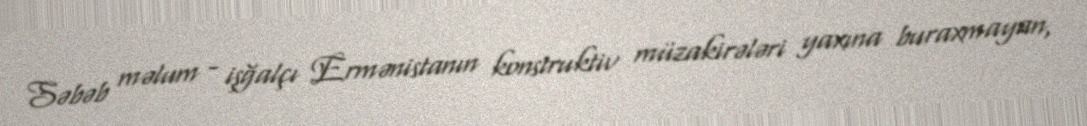
Səbəb məlum - işğalçı Ermənistanın konstruktiv müzakirələri yaxına buraxmayan,